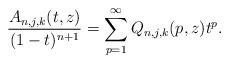
LaTeX: \begin{align*}\frac{A_{n,j,k}(t,z)}{(1-t)^{n+1}}=\sum_{p=1}^{\infty}Q_{n,j,k}(p,z)t^{p}.\end{align*}